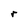
Character: r